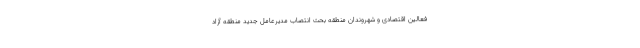
فعالین اقتصادی و شهروندان منطقه بحث انتصاب مدیرعامل جدید منطقه آزاد